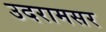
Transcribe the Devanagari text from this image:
उदरामसर